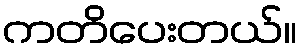
ကတိပေးတယ်။